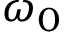
\omega _ { 0 }